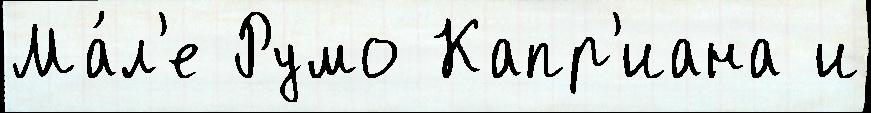
Ма́л'е Румо Капр'иана и